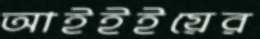
আইইইয়ের